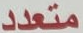
متعدد